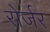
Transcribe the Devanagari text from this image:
रोर्जर